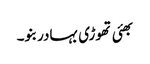
بھئی تھوڑی بہادر بنو۔